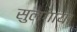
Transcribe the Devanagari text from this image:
सुलगाया